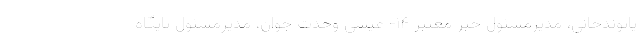
یاثوندخانی، مدیرمسئول خبر معتبر ۱۴- عیسی وحدت جوان، مدیرمسئول پایگاه